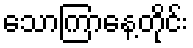
သောကြာနေ့တိုင်း